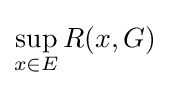
\sup _{x\in E}R(x,G)